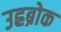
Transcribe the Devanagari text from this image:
उह्रब्रोक